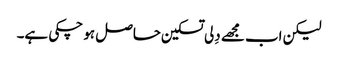
لیکن اب مجھے دِلی تسکین حاصل ہو چکی ہے۔